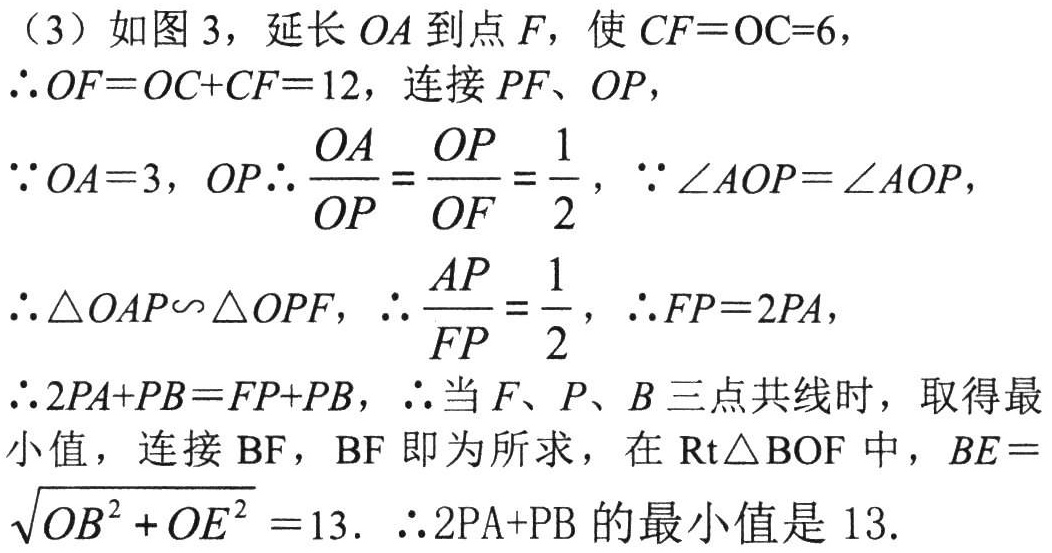
（3）如图 3，延长 \(OA\) 到点 \(F\)，使 \(CF = OC = 6\)，
\(\therefore OF=OC + CF = 12\)，连接 \(PF\)、\(OP\)，
\(\because OA = 3\)，\(OP\therefore\frac{OA}{OP}=\frac{OP}{OF}=\frac{1}{2}\)，\(\because\angle AOP=\angle AOP\)，
\(\therefore\triangle OAP\sim\triangle OPF\)，\(\therefore\frac{AP}{FP}=\frac{1}{2}\)，\(\therefore FP = 2PA\)，
\(\therefore 2PA + PB = FP + PB\)，\(\therefore\)当 \(F\)、\(P\)、\(B\) 三点共线时，取得最小值，连接 \(BF\)，\(BF\) 即为所求，在 \(\text{Rt}\triangle BOF\) 中，\(BE=\sqrt{OB^{2}+OE^{2}} = 13\). \(\therefore 2\text{PA}+\text{PB}\) 的最小值是 \(13\).